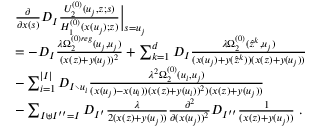
\begin{array} { r l } & { \frac { \partial } { \partial x ( s ) } D _ { I } \frac { U _ { 2 } ^ { ( 0 ) } ( u _ { j } , z ; s ) } { H _ { 1 } ^ { ( 0 ) } ( x ( u _ { j } ) ; z ) } \Big | _ { s = u _ { j } } } \\ & { = - D _ { I } \frac { \lambda \Omega _ { 2 } ^ { ( 0 ) r e g } ( u _ { j } , u _ { j } ) } { ( x ( z ) + y ( u _ { j } ) ) ^ { 2 } } + \sum _ { k = 1 } ^ { d } D _ { I } \frac { \lambda \Omega _ { 2 } ^ { ( 0 ) } ( \hat { z } ^ { k } , u _ { j } ) } { ( x ( u _ { j } ) + y ( \hat { z } ^ { k } ) ) ( x ( z ) + y ( u _ { j } ) ) } } \\ & { - \sum _ { i = 1 } ^ { | I | } D _ { I \setminus u _ { i } } \frac { \lambda ^ { 2 } \Omega _ { 2 } ^ { ( 0 ) } ( u _ { i } , u _ { j } ) } { ( x ( u _ { j } ) - x ( u _ { i } ) ) ( x ( z ) + y ( u _ { i } ) ) ^ { 2 } ) ( x ( z ) + y ( u _ { j } ) ) } } \\ & { - \sum _ { I \uplus I ^ { \prime \prime } = I } D _ { I ^ { \prime } } \frac { \lambda } { 2 ( x ( z ) + y ( u _ { j } ) ) } \frac { \partial ^ { 2 } } { \partial ( x ( u _ { j } ) ) ^ { 2 } } D _ { I ^ { \prime \prime } } \frac { 1 } { ( x ( z ) + y ( u _ { j } ) ) } \; . } \end{array}